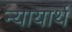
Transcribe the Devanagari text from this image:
न्यायार्थ